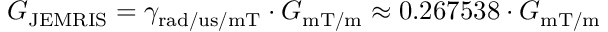
G _ { \mathrm { J E M R I S } } = \gamma _ { \mathrm { r a d / u s / m T } } \cdot G _ { \mathrm { m T / m } } \approx 0 . 2 6 7 5 3 8 \cdot G _ { \mathrm { m T / m } }